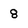
Character: 8